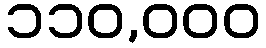
၁၁၀,၀၀၀